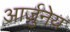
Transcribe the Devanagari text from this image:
आर्जुनेय